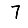
Digit: 7